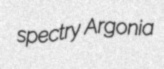
spectry Argonia